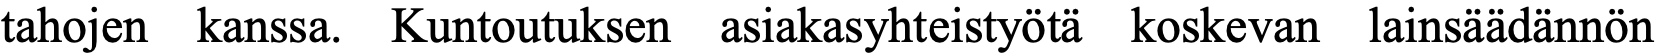
tahojen kanssa. Kuntoutuksen asiakasyhteistyötä koskevan lainsäädännön